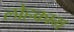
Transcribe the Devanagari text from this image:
लोहकाम